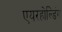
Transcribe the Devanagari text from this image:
एयरहोल्डिंग